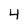
Character: 4